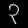
Digit: ၃